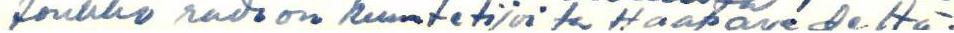
Joukko radion kuuntelijoita Haapavedeltä.